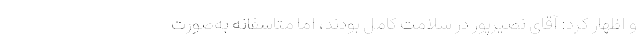
و اظهار کرد: آقای نصیرپور در سلامت کامل بودند، اما متاسفانه به‌صورت